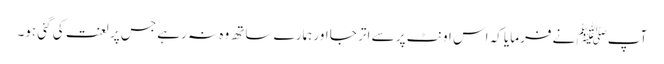
آپﷺ نے فرمایا کہ اس اونٹ پر سے اتر جا اور ہمارے ساتھ وہ نہ رہے جس پر لعنت کی گئی ہو۔